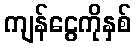
ကျန်ငွေကိုနှစ်